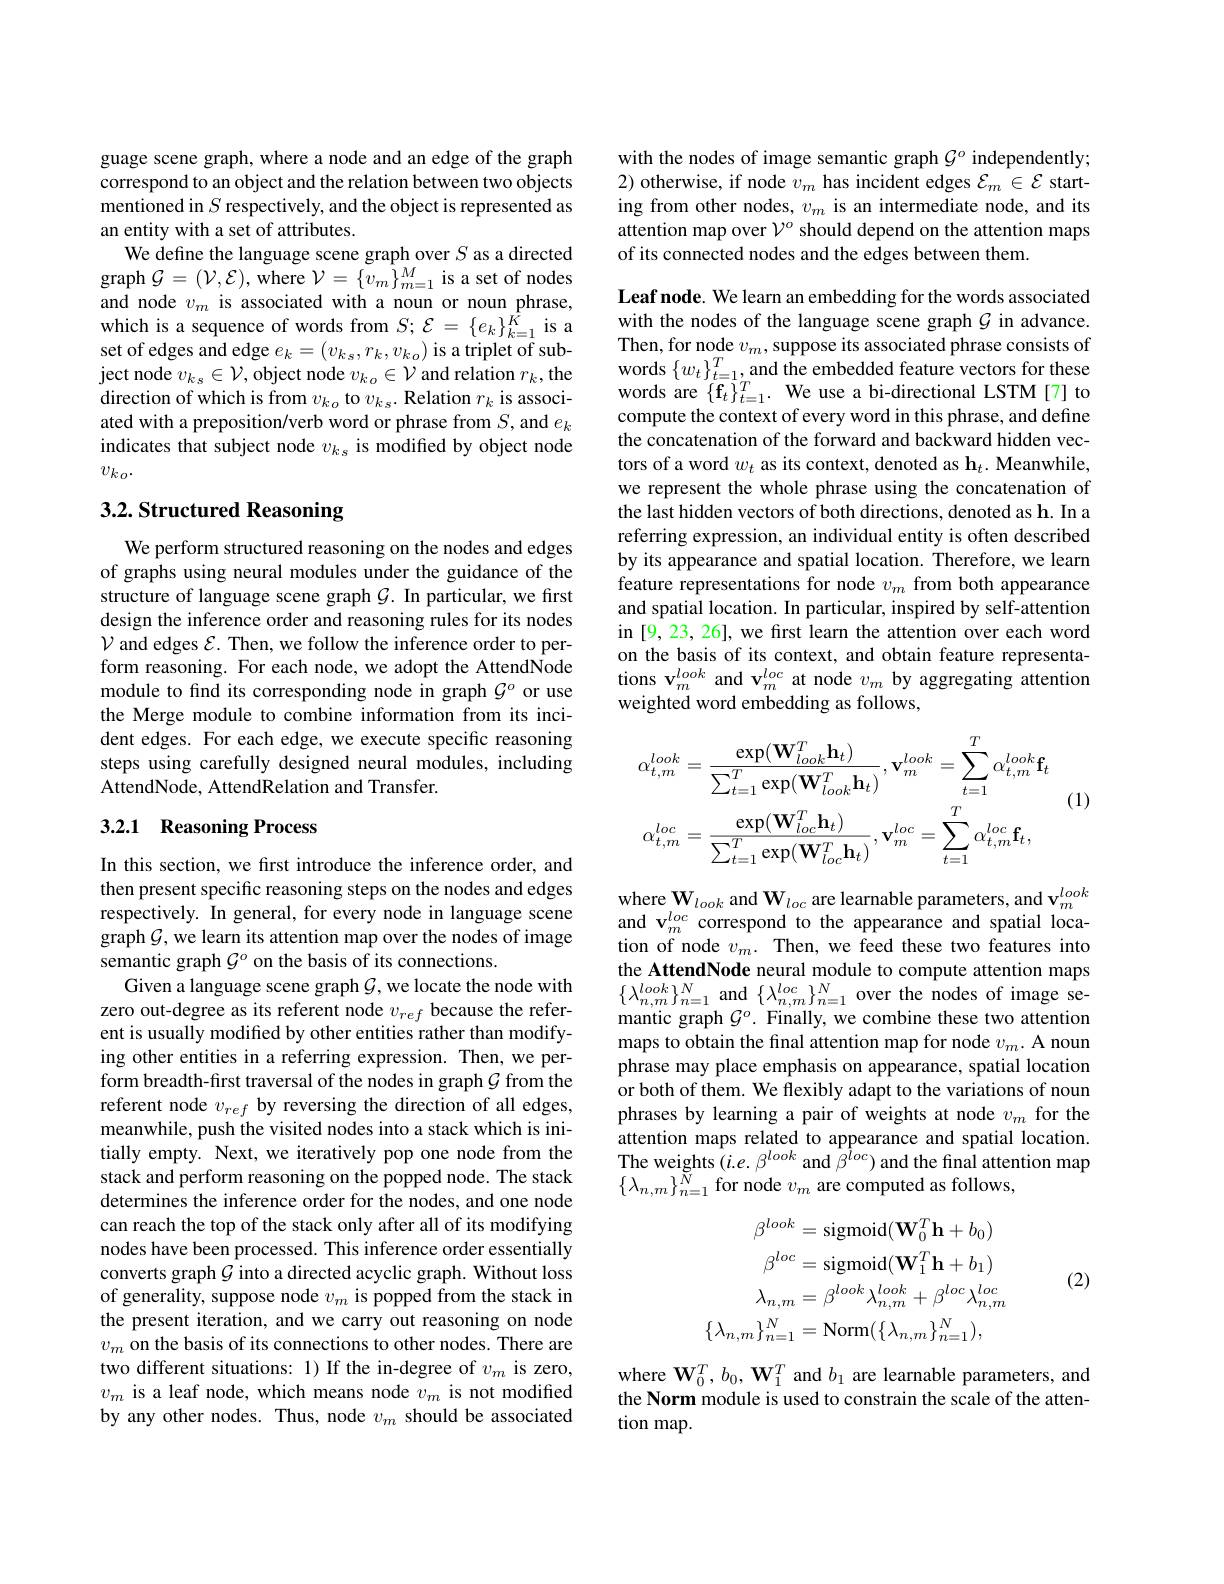
guage scene graph, where a node and an edge of the graph correspond to an object and the relation between two objects mentioned in $S$ respectively, and the object is represented as an entity with a set of attributes.
and node $v_m$ is associated with a noun or noun phrase, which is a sequence of words from $S;\mathcal{E}=\{e_k\}_{k=1}^{\hat{K}}$ is a set of edges and edge $e_k=(v_k_s,r_k,v_{ko})$ is a triplet of subject node $v_k_s\in\mathcal{V}$, object node $v_k_o\in\mathcal{V}$ and relation $r_k$,the direction of which is from $v_k_o$ to $v_k_s.$ Relation $r_k$ is associated with a preposition/verb word or phrase from $S$, and $e_k$ indicates that subject node $v_k_s$ is modified by object node $v_{ko}.$

## 3.2. Structured Reasoning

We perform structured reasoning on the nodes and edges of graphs using neural modules under the guidance of the structure of language scene graph $\mathcal{G}.$ In particular, we first design the inference order and reasoning rules for its nodes $\mathcal{V}$ and edges $\mathcal{E}.$ Then, we follow the inference order to perform reasoning. For each node, we adopt the AttendNode module to find its corresponding node in graph $\mathcal{G}^o$ or use the Merge module to combine information from its incident edges. For each edge, we execute specific reasoning steps using carefully designed neural modules, including AttendNode, AttendRelation and Transfer.

### 3.2.1 Reasoning Process

In this section, we first introduce the inference order, and then present specific reasoning steps on the nodes and edges respectively. In general, for every node in language scene graph $\mathcal{G}$, we learn its attention map over the nodes of image semantic graph $\mathcal{G}^o$ on the basis of its connections.
Given a language scene graph $\mathcal{G}$,we locate the node with zero out-degree as its referent node $v_{ref}$ because the referent is usually modified by other entities rather than modifying other entities in a referring expression. Then, we perform breadth-first traversal of the nodes in graph $\mathcal{G}$ from the referent node $v_{ref}$ by reversing the direction of all edges, meanwhile, push the visited nodes into a stack which is initially empty. Next, we iteratively pop one node from the stack and perform reasoning on the popped node. The stack determines the inference order for the nodes, and one node can reach the top of the stack only after all of its modifying nodes have been processed. This inference order essentially converts graph $\mathcal{G}$ into a directed acyclic graph. Without loss of generality, suppose node $v_m$ is popped from the stack in the present iteration, and we carry out reasoning on node $v_m$ on the basis of its connections to other nodes. There are two different situations: 1) If the in-degree of $v_m$ is zero, $v_m$ is a leaf node, which means node $v_m$ is not modified by any other nodes. Thus, node $v_m$ should be associated

with the nodes of image semantic graph $\mathcal{G}^o$ independently; 2) otherwise, if node $v_m$ has incident edges $\mathcal{E}_m\in\mathcal{E}$ starting from other nodes, $v_m$ is an intermediate node, and its attention map over $\mathcal{V}^o$ should depend on the attention maps of its connected nodes and the edges between them

Leaf node. We learn an embedding for the words associated with the nodes of the language scene graph $\mathcal{G}$ in advance. Then, for node $v_m$, suppose its associated phrase consists of words $\{w_{t}\}_{t=1}^{T}$,and the embedded feature vectors for these words are $\{\mathbf{f}_t\}_{t=1}^T.$ We use a bi-directional LSTM[7] to compute the context of every word in this phrase, and define the concatenation of the forward and backward hidden vectors of a word $w_t$ as its context, denoted as h$_t.$ Meanwhile, we represent the whole phrase using the concatenation of the last hidden vectors of both directions, denoted as h. In a referring expression, an individual entity is often described by its appearance and spatial location. Therefore, we learn feature representations for node $v_m$ from both appearance and spatial location. In particular, inspired by self-attention in [9, 23, 26], we frst learn the attention over each word on the basis of its context, and obtain feature representations v$_m^{look}$ and v$_m^loc$ at node $v_m$ by aggregating attention weighted word embedding as follows,

(1)
$$\alpha_{t,m}^{look}=\frac{\exp(\mathbf{W}_{look}^{T}\mathbf{h}_{t})}{\sum_{t=1}^{T}\exp(\mathbf{W}_{look}^{T}\mathbf{h}_{t})},\mathbf{v}_{m}^{look}=\sum_{t=1}^{T}\alpha_{t,m}^{look}\mathbf{f}_{t}\\\alpha_{t,m}^{loc}=\frac{\exp(\mathbf{W}_{loc}^{T}\mathbf{h}_{t})}{\sum_{t=1}^{T}\exp(\mathbf{W}_{loc}^{T}\mathbf{h}_{t})},\mathbf{v}_{m}^{loc}=\sum_{t=1}^{T}\alpha_{t,m}^{loc}\mathbf{f}_{t},$$
where $\mathbf{W}_{look}$ and $\mathbf{W}_loc$ are learnable parameters, and v$_m^{look}$ and v$_m^{loc}$ correspond to the appearance and spatial location of node $v_m.$ Then, we feed these two features into the AttendNode neural module to compute attention maps $\{\lambda_{n,m}^{look}\}_{n=1}^{N}$and$\{\lambda_{n,m}^{loc}\}_{n=1}^{N}$over the nodes of image semantic graph $\mathcal{G}^o.$ Finally, we combine these two attention maps to obtain the final attention map for node $v_m.$ A noun phrase may place emphasis on appearance, spatial location or both of them. We flexibly adapt to the variations of noun phrases by learning a pair of weights at node $v_m$ for the attention maps related to appearance and spatial location. The weights $(i.e.\beta^{look}$ and $\beta^loc)$ and the final attention map $\{\lambda_{n,m}\}_{n=1}^{\breve{N}}$for node $v_m$ are computed as follows,
$$\begin{aligned}\beta^{look}&=\mathrm{sigmoid}(\mathbf{W}_{0}^{T}\mathbf{h}+b_{0})\\\beta^{loc}&=\mathrm{sigmoid}(\mathbf{W}_{1}^{T}\mathbf{h}+b_{1})\\\lambda_{n,m}&=\beta^{look}\lambda_{n,m}^{look}+\beta^{loc}\lambda_{n,m}^{loc}\\\{\lambda_{n,m}\}_{n=1}^{N}&=\mathrm{Norm}(\{\lambda_{n,m}\}_{n=1}^{N}),\end{aligned}$$
(2)

where $\mathbf{W}_0^T,b_0,\mathbf{W}_1^T$ and $b_1$ are learnable parameters, and the Norm module is used to constrain the scale of the attention map.